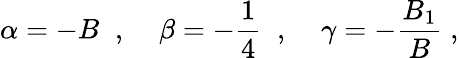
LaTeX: \alpha=-B\; \; ,\; \; \; \; \beta=-\frac{1}{4}\; \; ,\; \; \; \; \gamma=-\frac{B_{1}}{B}\; ,